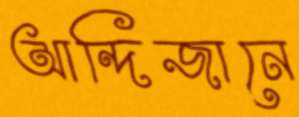
আন্দিজানে